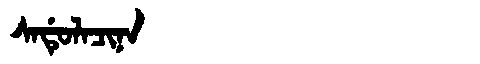
Manchu: ᠰᠠᡩᡠᠯᠠᠴᡳᠨᠠ
Romanization: SADULACINA